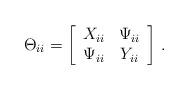
LaTeX: \begin{align*}\Theta_{ii}=\left[\begin{array}{cc}X_{ii} & \Psi_{ii}\\\Psi_{ii} & Y_{ii}\end{array}\right]\,.\end{align*}